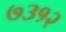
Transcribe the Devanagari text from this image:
७३१२